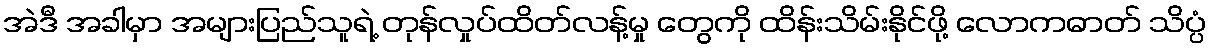
အဲဒီ အခါမှာ အများပြည်သူရဲ့ တုန်လှုပ်ထိတ်လန့်မှု တွေကို ထိန်းသိမ်းနိုင်ဖို့ လောကဓာတ် သိပ္ပံ